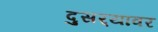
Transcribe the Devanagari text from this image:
दुसर्‍यावर